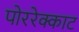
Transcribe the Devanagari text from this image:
पोररेक्काट